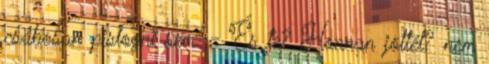
csábosan pislogni sem. - És te? Honnan jöttél? nem